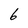
Character: 6